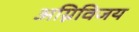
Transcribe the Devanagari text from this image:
अग्निविजय